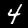
Digit: 4